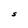
Character: S